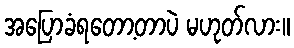
အပြောခံရတော့တာပဲ မဟုတ်လား။